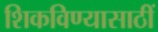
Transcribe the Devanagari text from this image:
शिकविण्यासाठीं